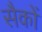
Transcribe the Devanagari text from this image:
सैकों